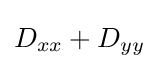
D_{xx}+D_{yy}